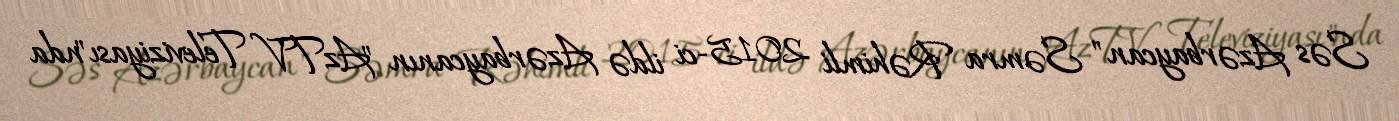
Səs Azərbaycan" Səmra Rəhimli 2015-ci ildə Azərbaycanın "AzTV Televiziyası"nda